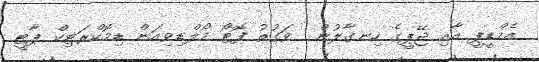
އެމްޑީޕީ އާއި ޖޭޕީގެ ހިނގާލުން  ވަގުތު ފޮޓޯ މޯލްޑިވިއަން ޑިމޮކްރަޓިކް ޕާޓީ